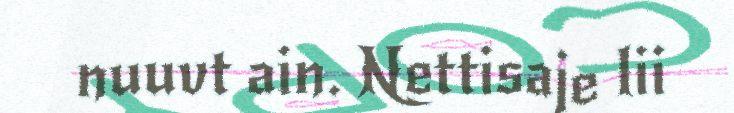
nuuvt ain. Nettisaje lii